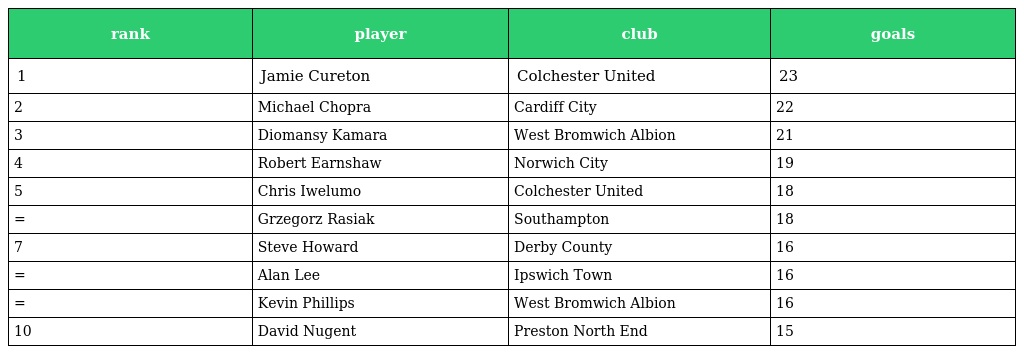
| rank | player | club | goals |
 | --- | --- | --- | --- |
 | 1 | Jamie Cureton | Colchester United | 23 |
 | 2 | Michael Chopra | Cardiff City | 22 |
 | 3 | Diomansy Kamara | West Bromwich Albion | 21 |
 | 4 | Robert Earnshaw | Norwich City | 19 |
 | 5 | Chris Iwelumo | Colchester United | 18 |
 | = | Grzegorz Rasiak | Southampton | 18 |
 | 7 | Steve Howard | Derby County | 16 |
 | = | Alan Lee | Ipswich Town | 16 |
 | = | Kevin Phillips | West Bromwich Albion | 16 |
 | 10 | David Nugent | Preston North End | 15 |